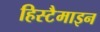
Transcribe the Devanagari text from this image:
हिस्टैमाइन